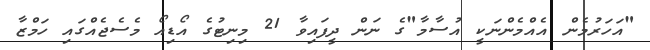
"އަހަރުމެން އެއްމެންނަކީ އުސާމާ"ގެ ނަން ދީފައިވާ 21 މިނިޓުގެ އޯޑިއޯ މެސެޖެއްގައި ހަމްޒާ